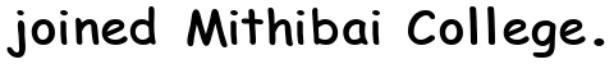
joined Mithibai College.